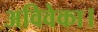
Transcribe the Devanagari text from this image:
अविवेका।